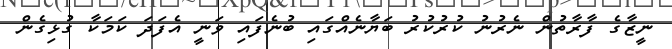
ނީޒާގެ ފާރާތުން ނެރުނު ކުރުކުރު ބަޔާނެއްގައި ބުނެފައި ވަނީ އެފަދަ ކަމަކާ ގުޅިގެން